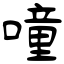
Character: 噇